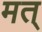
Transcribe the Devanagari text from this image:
मत्